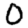
Digit: 0